Document type: Sale
Year: 1435
Scribe: Pere Soler
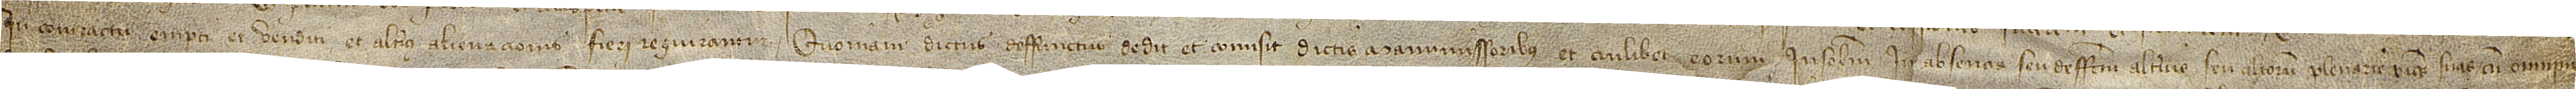
in contractu empti et venditi et alterius alienacionis fieri requirantur. Quoniam dictus deffunctus dedit et comisit dictis manumissoribus et cuilibet eorum insolidum in absencia seu deffectu alterius seu aliorum plenarie vices suas cum omnimo-